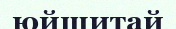
юйшитай